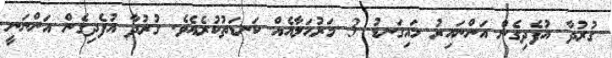
ގުރުދާ އުފެދިގެން އަންނައިރު މައިގަނޑު 3 މަރުޙަލާއެއް ކަނޑަތުކުރެއެވެ. ގުރުދާ އުފެދިގެން އަންނަނީ